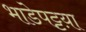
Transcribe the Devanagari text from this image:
भाडेपट्टय़ा